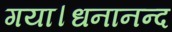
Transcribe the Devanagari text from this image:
गया।धनानन्द